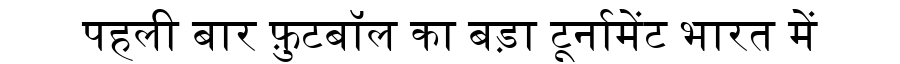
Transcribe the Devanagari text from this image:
पहली बार फ़ुटबॉल का बड़ा टूर्नामेंट भारत में